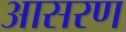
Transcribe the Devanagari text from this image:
आसरण